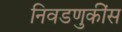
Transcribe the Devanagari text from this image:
निवडणुकींस